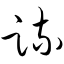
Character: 疏